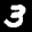
Label: 3